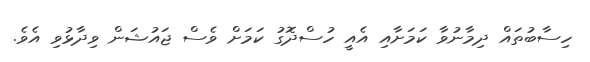
ހިސާބުތައް ދިމާނުވާ ކަމަށާއި އެއީ ހުސްދޮގު ކަމަށް ވެސް ޖައުޝަން ވިދާޅުވި އެވެ.